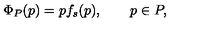
\Phi _ { P } ( p ) = p f _ { s } ( p ) , \qquad p \in P ,